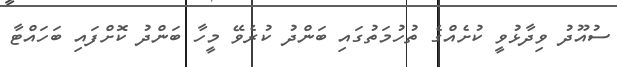
ސުއޫދު ވިދާޅުވީ ކުށެއްގެ ތުހުމަތުގައި ބަންދު ކުރެވޭ މީހާ ބަންދު ކޮށްފައި ބަހައްޓާ